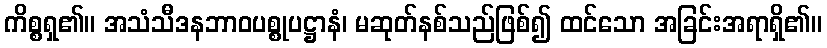
ကိစ္စရှ၏။ အသံသီဒနဘာဝပစ္စုပဋ္ဌာနံ၊ မဆုတ်နစ်သည်ဖြစ်၍ ထင်သော အခြင်းအရာရှိ၏။